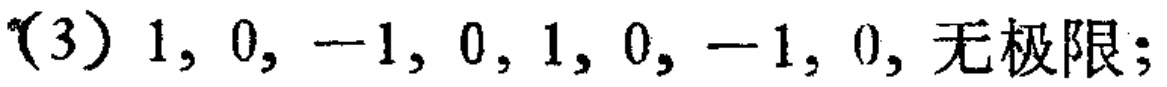
(3) \(1,0, - 1,0,1,0, - 1,0,\) 无极限;